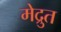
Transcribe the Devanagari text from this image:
मेद्रुत